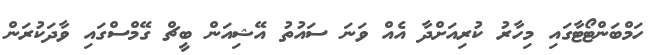
ހަމްބަންޓޯޓާގައި މިހާރު ކުރިއަށްދާ އެއް ވަނަ ސައުތު އޭޝިއަން ބީޗް ގޭމްސްގައި ވާދަކުރަން